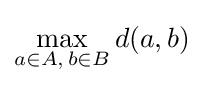
\max _{a\in A,\,b\in B}d(a,b)